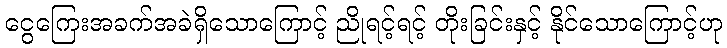
ငွေကြေးအခက်အခဲရှိသောကြောင့် ညိုရင့်ရင့် တိုးခြင်းနှင့် နိုင်သောကြောင့်ဟု